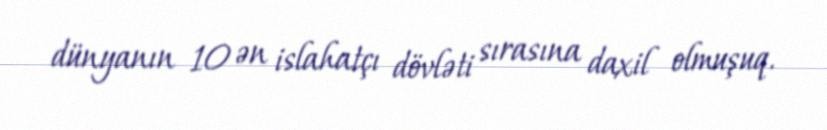
dünyanın 10 ən islahatçı dövləti sırasına daxil olmuşuq.